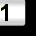
Digit: 1